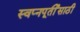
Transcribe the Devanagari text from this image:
स्वप्नपूर्तीसाठी